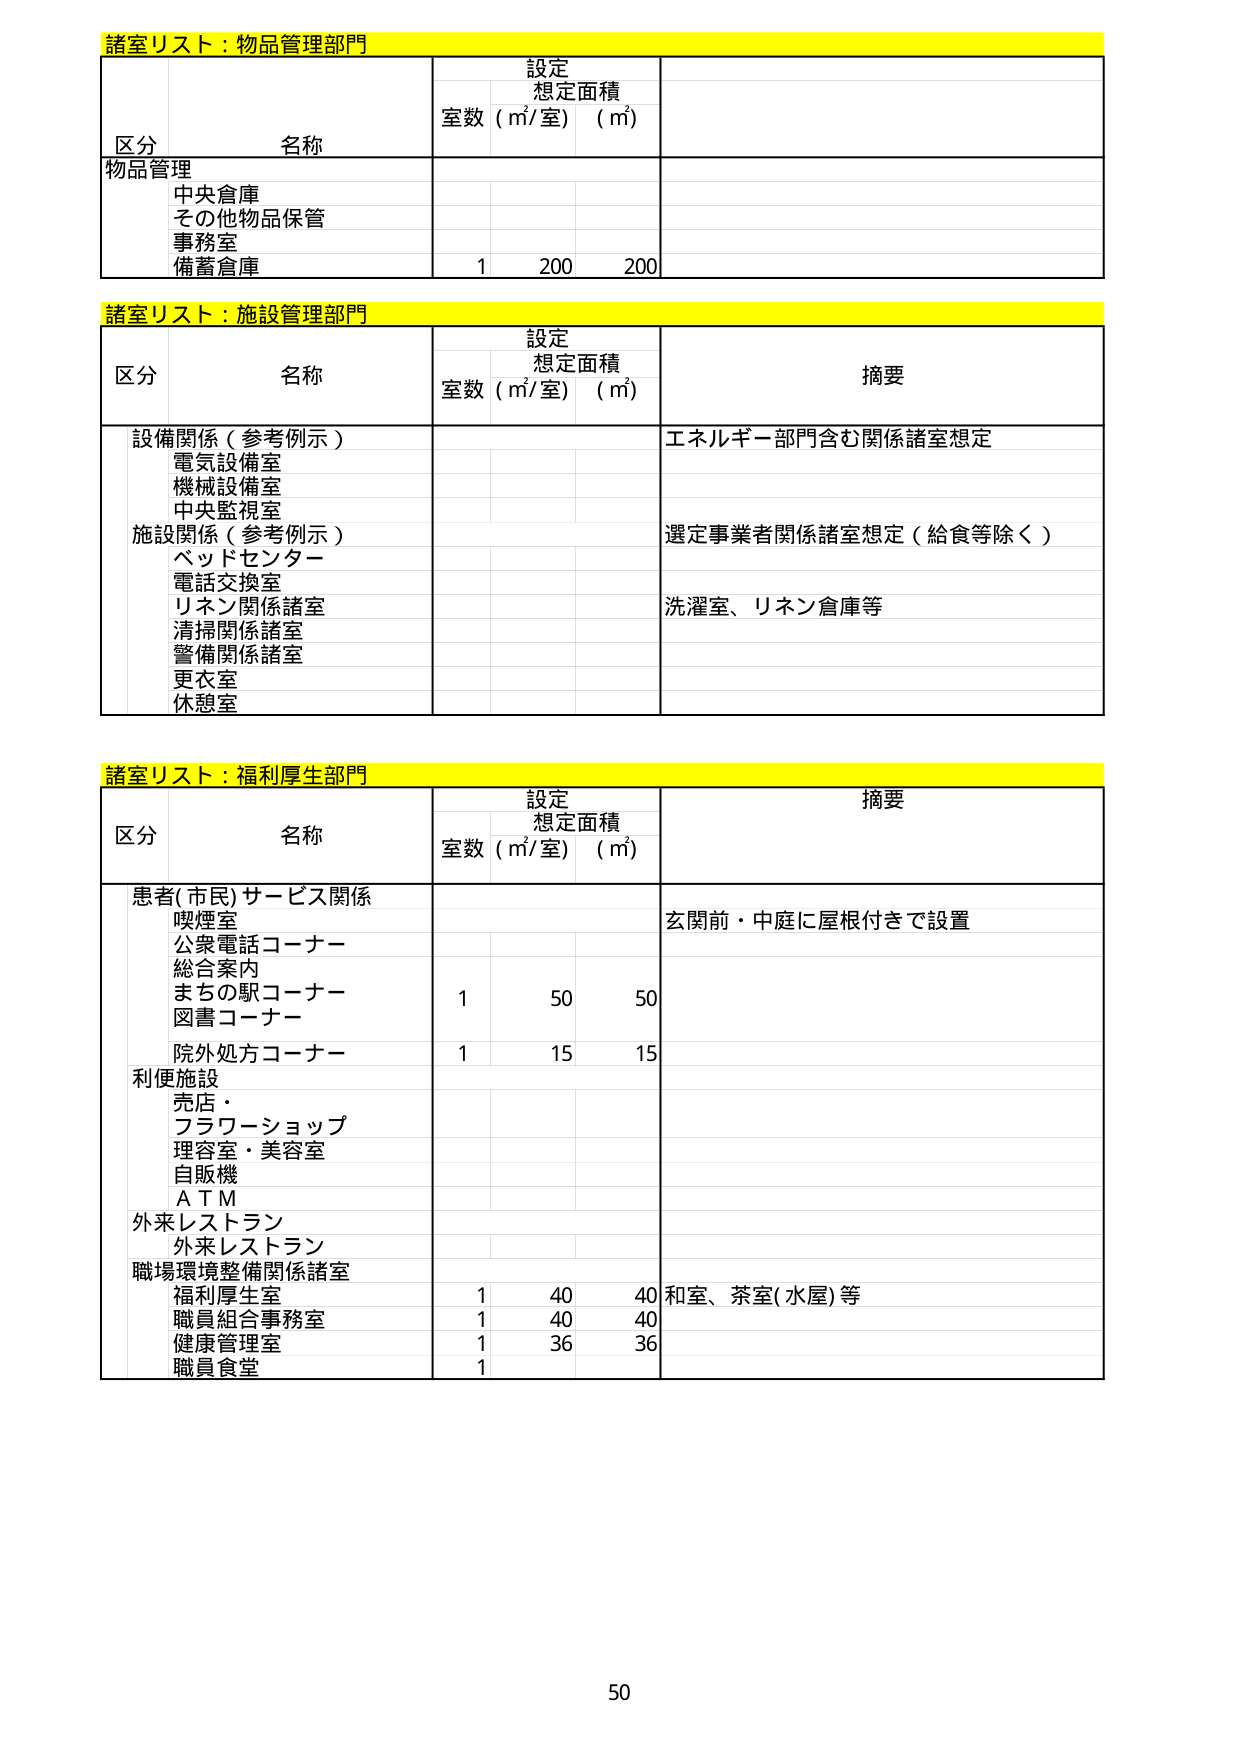
諸室リスト：物品管理部門
区分 名称 設定 想定面積
室数（㎡/室）（㎡）
物品管理
中央倉庫
その他物品保管
事務室
備蓄倉庫 1 200 200

諸室リスト：施設管理部門
区分 名称 設定 想定面積 摘要
室数（㎡/室）（㎡）
設備関係（参考例示）
電気設備室
機械設備室
中央監視室 エネルギー部門含む関係諸室想定
施設関係（参考例示）
ベッドセンター
電話交換室
リネン関係諸室
清掃関係諸室
警備関係諸室
更衣室
休憩室 選定事業者関係諸室想定（給食等除く）
洗濯室、リネン倉庫等

諸室リスト：福利厚生部門
区分 名称 設定 想定面積 摘要
室数（㎡/室）（㎡）
患者(市民)サービス関係
喫煙室
公衆電話コーナー
総合案内
まちの駅コーナー
図書コーナー 1 50 50
院外処方コーナー 1 15 15
利便施設
売店・
フラワーショップ
理容室・美容室
自販機
ＡＴＭ
外来レストラン
外来レストラン
職場環境整備関係諸室
福利厚生室 1 40 40 和室、茶室(水屋)等
職員組合事務室 1 40 40
健康管理室 1 36 36
職員食堂 1
玄関前・中庭に屋根付きで設置

50